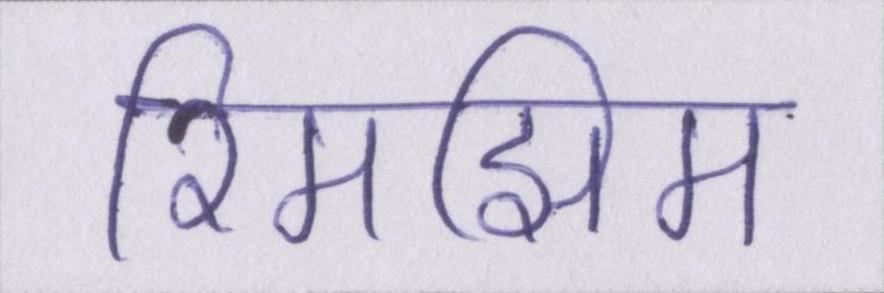
रिमझिम